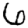
Digit: 6